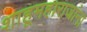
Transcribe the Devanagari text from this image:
शाहूमहाराजांना